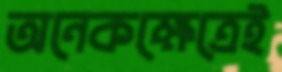
অনেকক্ষেত্রেই